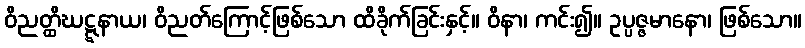
ဝိညတ္ထိဃဋ္ဋနာယ၊ ဝိညတ်ကြောင့်ဖြစ်သော ထိခိုက်ခြင်းနှင့်။ ဝိနာ၊ ကင်း၍။ ဥပ္ပဇ္ဇမာနော၊ ဖြစ်သော။